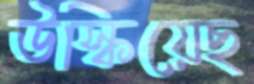
উস্‌কিয়েছ